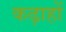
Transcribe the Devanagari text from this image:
कढ़ाहों